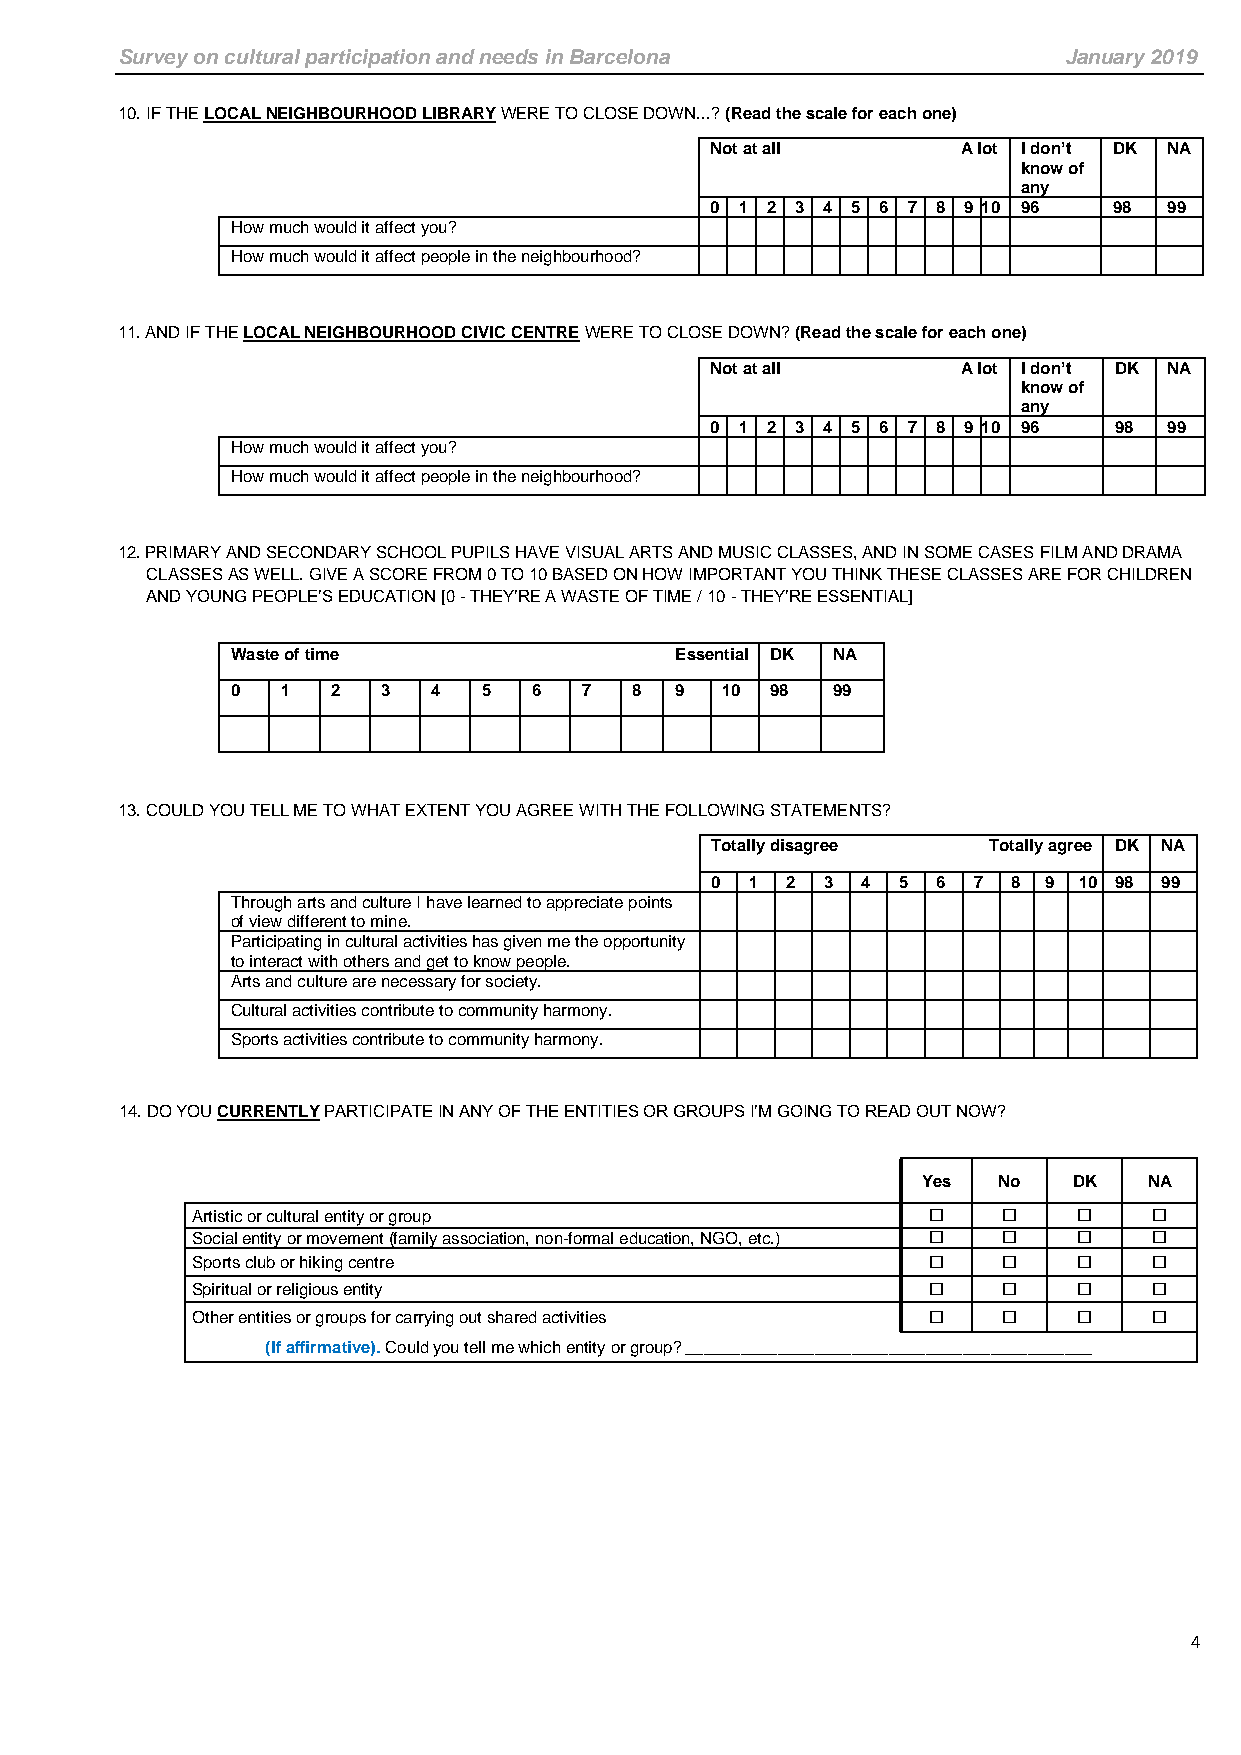
Survey on cultural participation and needs in Barcelona       January 2019
 10. IF THE LOCAL NEIGHBOURHOOD LIBRARY WERE TO CLOSE DOWN...? (Read the scale for each one)
 Not at all       A lot I don’t DK NA
 know of
 any
 0 1 2 3 4 5 6 7 8 9 10 96  98 99
 How much would it affect you?
 How much would it affect people in the neighbourhood?
 11. AND IF THE LOCAL NEIGHBOURHOOD CIVIC CENTRE WERE TO CLOSE DOWN? (Read the scale for each one)
 Not at all       A lot I don’t DK NA
 know of
 any
 0 1 2 3 4 5 6 7 8 9 10 96  98 99
 How much would it affect you?
 How much would it affect people in the neighbourhood?
 12. PRIMARY AND SECONDARY SCHOOL PUPILS HAVE VISUAL ARTS AND MUSIC CLASSES, AND IN SOME CASES FILM AND DRAMA
 CLASSES AS WELL. GIVE A SCORE FROM 0 TO 10 BASED ON HOW IMPORTANT YOU THINK THESE CLASSES ARE FOR CHILDREN
 AND YOUNG PEOPLE’S EDUCATION [0 - THEY’RE A WASTE OF TIME / 10 - THEY’RE ESSENTIAL]
 Waste of time                 Essential DK NA
 0   1  2  3   4  5  6  7   8  9  10 98  99
 13. COULD YOU TELL ME TO WHAT EXTENT YOU AGREE WITH THE FOLLOWING STATEMENTS?
 Totally disagree  Totally agree DK NA
 0  1 2  3 4 5  6 7  8 9 10 98 99
 Through arts and culture I have learned to appreciate points
 of view different to mine.
 Participating in cultural activities has given me the opportunity
 to interact with others and get to know people.
 Arts and culture are necessary for society.
 Cultural activities contribute to community harmony.
 Sports activities contribute to community harmony.
 14. DO YOU CURRENTLY PARTICIPATE IN ANY OF THE ENTITIES OR GROUPS I’M GOING TO READ OUT NOW?
 Yes  No   DK   NA
 Artistic or cultural entity or group                        
 Social entity or movement (family association, non-formal education, NGO, etc.)    
 Sports club or hiking centre                                
 Spiritual or religious entity                               
 Other entities or groups for carrying out shared activities    
 (If affirmative). Could you tell me which entity or group? ____________________________________________
 4